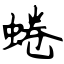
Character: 蜷